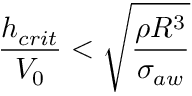
\frac { h _ { c r i t } } { V _ { 0 } } < \sqrt { \frac { { \rho } R ^ { 3 } } { { \sigma } _ { a w } } }